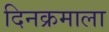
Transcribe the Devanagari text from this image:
दिनक्रमाला